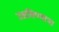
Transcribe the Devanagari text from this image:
उडविण्याचा